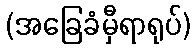
(အခြေခံမှီရာရုပ်)